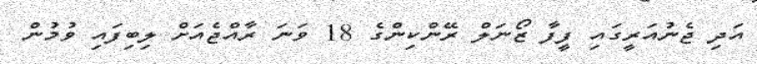
އަދި ޖެނުއަރީގައި ފީފާ ޒޯނަލް ރޭންކިންގެ 18 ވަނަ ރާއްޖެއަށް ލިބިފައި ވުމުން